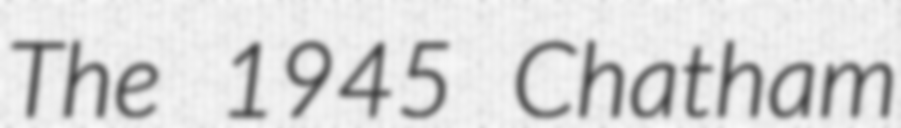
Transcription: The 1945 Chatham